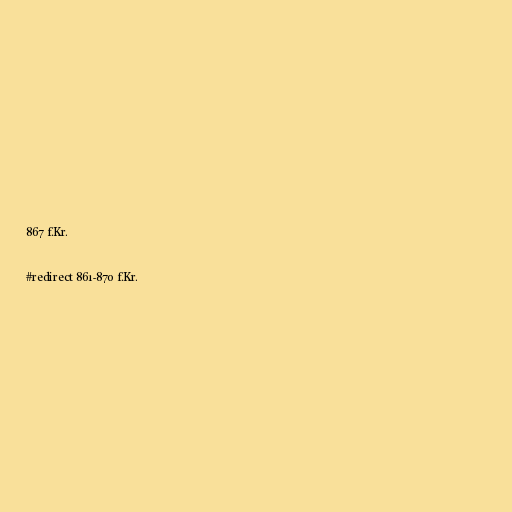
867 f.Kr.

#redirect 861-870 f.Kr.